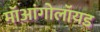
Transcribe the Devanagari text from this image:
मॉआंगोलॉयड